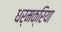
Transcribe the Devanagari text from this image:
धर्मक्रिया